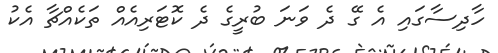
ހާދިސާގައި އެ ގޭ ދެ ވަނަ ބުރީގެ ދެ ކޮޓަރިއެއް ތަކެއްޗާ އެކު